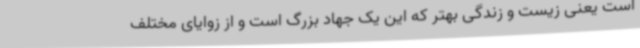
است یعنی زیست و زندگی بهتر که این یک جهاد بزرگ است و از زوایای مختلف